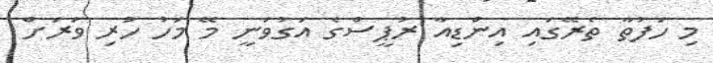
މި ހަފުތާ ތެރޭގައި އިންޑިއާ ރުޕީސްގެ އަގުވަނީ މޭ މަހު ހުރި ވަރަށް